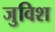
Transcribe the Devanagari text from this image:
जुविश